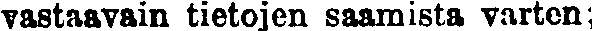
vastaavain tietojen saamista varten;